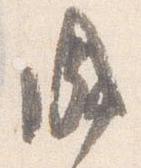
成